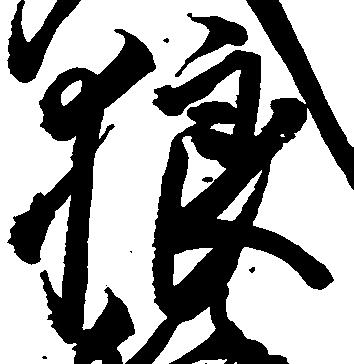
狼